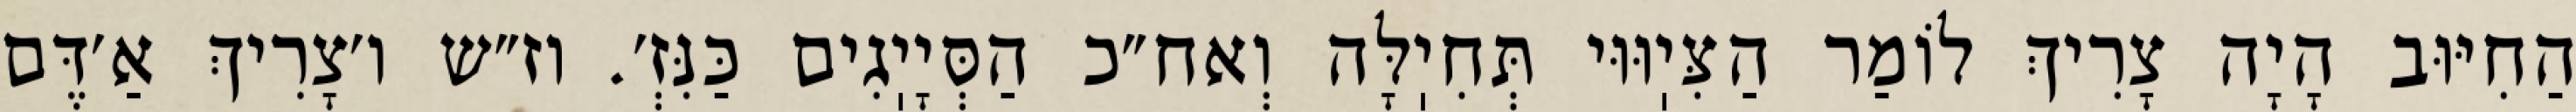
הַחִיּוּב הָיָה צָרִיךְ לוֹמַר הַצִּיֽוּוּי תְּחִיֽלָּה וְאח״כ הַסְּיָיֽגִים כַּנִּזְ׳. וז״ש ו׳צָרִיךְ אַ׳דֶּם